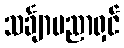
သင်္ချာပညာရှင်